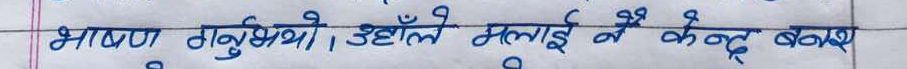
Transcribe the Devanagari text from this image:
भाषण गर्नुभयो । उहाँले मलाई नै केन्द्र बक्नू